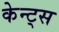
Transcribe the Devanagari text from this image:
केन्ट्स